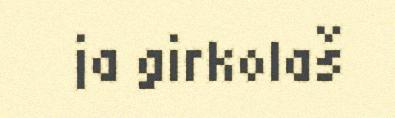
ja girkolaš